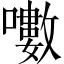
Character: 𡂡